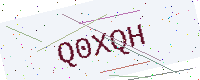
Text: Q0XQH